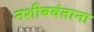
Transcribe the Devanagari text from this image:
नशीबवंताना